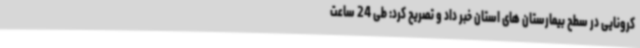
کرونایی در سطح بیمارستان های استان خبر داد و تصریح کرد: طی 24 ساعت